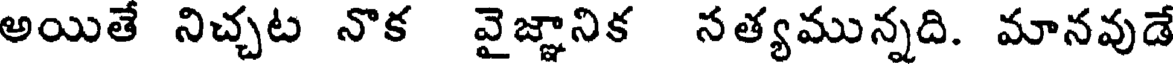
అయితే నిచ్చట నొక వైజ్ఞానిక నత్యమున్నది. మానవుడే